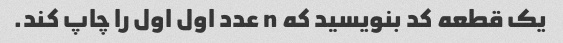
یک قطعه کد بنویسید که n عدد اول اول را چاپ کند.